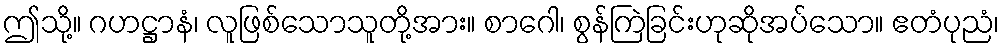
ဤသို့။ ဂဟဋ္ဌာနံ၊ လူဖြစ်သောသူတို့အား။ စာဂေါ၊ စွန်ကြဲခြင်းဟုဆိုအပ်သော။ ဧတံပုညံ၊